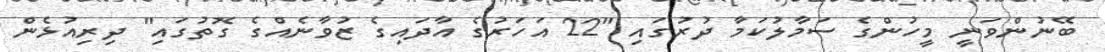
ބޭނުންވަނީ މީހުންގެ ސަމާލުކަމާ ދުރުގައި "22 އަހަރުގެ އާދައިގެ ޒުވާނެއްގެ ގޮތުގައި" ދިރިއުޅެން